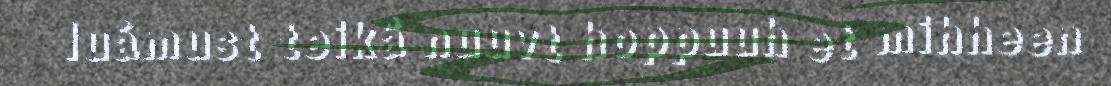
luámust teikâ nuuvt hoppuuh et mihheen